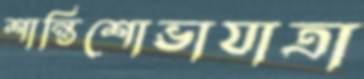
শান্তিশোভাযাত্রা